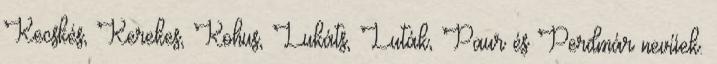
Kecskés, Kerekes, Kohus, Lukáts, Luták, Paur és Perdmár nevűek.